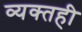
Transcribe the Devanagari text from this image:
व्‍यक्‍तही